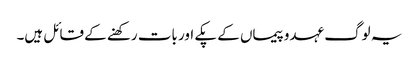
یہ لوگ عہدوپیماں کے پکے اور بات رکھنے کے قائل ہیں۔